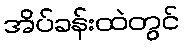
အိပ်ခန်းထဲတွင်